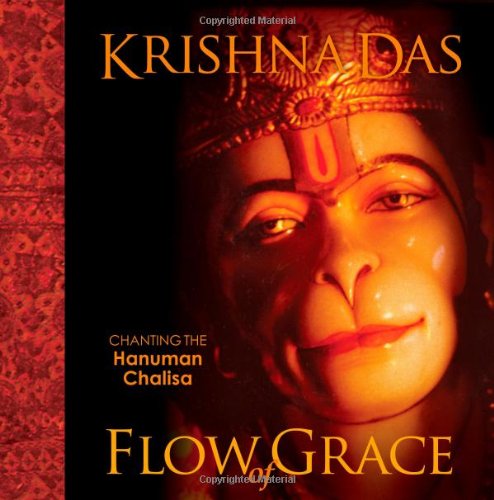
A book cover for Flow of Grace: Chanting the Hanuman Chalisa; Krishna Das; Religion & Spirituality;